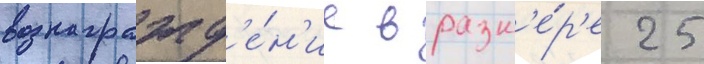
вознагражд'е́н'ие в разм'е́р'е 25